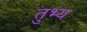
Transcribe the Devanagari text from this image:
तुभ्य